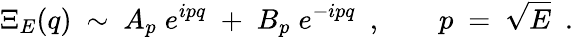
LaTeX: \Xi_{E}(q)\ \sim\ A_{p}\; e^{ipq}\; +\; B_{p}\; e^{-ipq}\ \ ,\qquad p\ =\ \sqrt{E}\ \ .